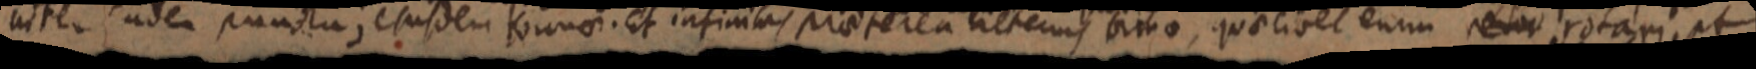
alter eudem punctu, ejusdem kounae. Et infinitas praeterea alterius bimae, quodlibet enim _ rotam at